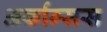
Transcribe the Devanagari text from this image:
अर्कान्सस